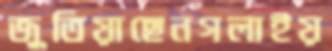
জুতিয়াছেনগলাইয়